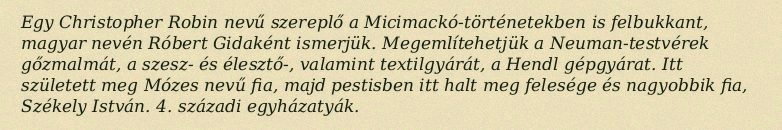
Egy Christopher Robin nevű szereplő a Micimackó-történetekben is felbukkant, magyar nevén Róbert Gidaként ismerjük. Megemlítehetjük a Neuman-testvérek gőzmalmát, a szesz- és élesztő-, valamint textilgyárát, a Hendl gépgyárat. Itt született meg Mózes nevű fia, majd pestisben itt halt meg felesége és nagyobbik fia, Székely István. 4. századi egyházatyák.